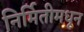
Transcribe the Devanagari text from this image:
निर्मितीमधून